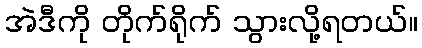
အဲဒီကို တိုက်ရိုက် သွားလို့ရတယ်။